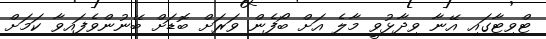
ޓްވިޓާގައި އޭނާ ވިދާޅުވީ މާލެ އަށް ބޯފެން ވަރަށް ބޮޑަށް ބޭނުންވެފައިވާ ކަމަށް